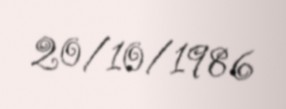
20/10/1986